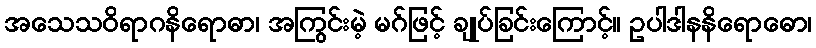
အသေသဝိရာဂနိရောဓာ၊ အကြွင်းမဲ့ မဂ်ဖြင့် ချုပ်ခြင်းကြောင့်။ ဥပါဒါနနိရောဓော၊